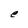
Character: e